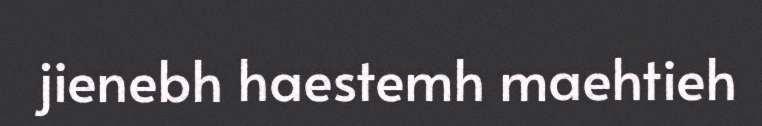
jienebh haestemh maehtieh